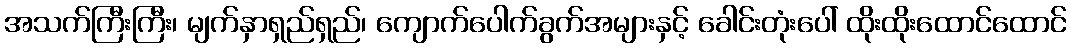
အသက်ကြီးကြီး၊ မျက်နှာရှည်ရှည်၊ ကျောက်ပေါက်ခွက်အများနှင့် ခေါင်းတုံးပေါ် ထိုးထိုးထောင်ထောင်